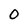
Character: O